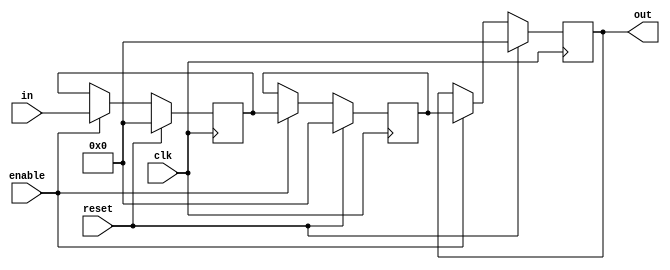
`define SIMULATION_MEMORY

module shift_register_unit_18_3 (
	input clk,
	input reset,
	input enable,
	input [17:0] in,
	output [17:0] out
);

reg [17:0] shift_registers_0;
reg [17:0] shift_registers_1;
reg [17:0] shift_registers_2;
always @ (posedge clk) begin
	if (reset) begin
		shift_registers_0 <= 18'd0;
		shift_registers_1 <= 18'd0;
		shift_registers_2 <= 18'd0;
	end else if (enable) begin
		shift_registers_0 <= in;
		shift_registers_1 <= shift_registers_0;
		shift_registers_2 <= shift_registers_1;
	end
end

assign out = shift_registers_2;

endmodule